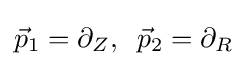
{\vec {p}}_{1}=\partial _{Z},\;\;{\vec {p}}_{2}=\partial _{R}